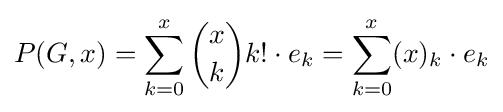
P(G,x)=\sum _{k=0}^{x}{\binom {x}{k}}k!\cdot e_{k}=\sum _{k=0}^{x}(x)_{k}\cdot e_{k}